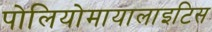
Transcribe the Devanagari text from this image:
पोलियोमायालाइटिस